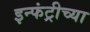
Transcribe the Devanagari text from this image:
इन्फंट्रीच्या